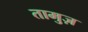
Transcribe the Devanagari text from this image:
तामुज़